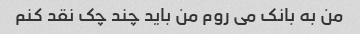
من به بانک می روم من باید چند چک نقد کنم